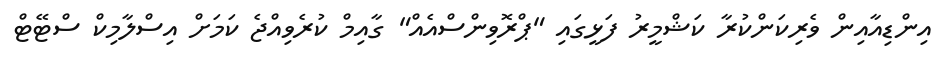
އިންޑިއާއިން ވެރިކަންކުރާ ކަޝްމީރު ފަޅީގައި "ޕްރޮވިންސްއެއް" ގާއިމް ކުރެވިއްޖެ ކަމަށް އިސްލާމިކް ސްޓޭޓް